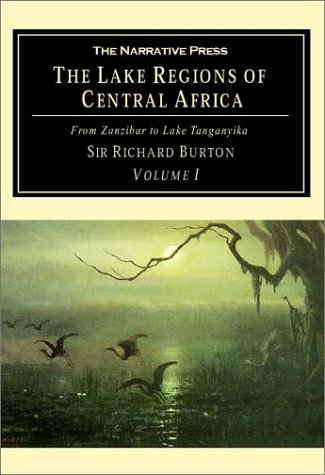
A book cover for The Lake Regions of Central Africa: From Zanzibar to Lake Tanganyika (Volume 1); Richard Francis Burton; Travel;